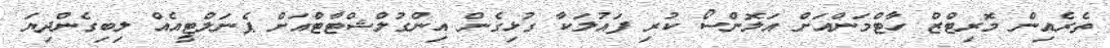
ތެރެއިން މޮރިޓްޒް ހާޓްމަންއަށް އަލޮންސޯ ކުރި ފައުލަކާ ގުޅިގެން އިންގުލްޝްޓާޓްއަށް ޕެނަލްޓީއެއް ލިބިގެންދިޔަ